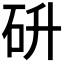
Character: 𮵋